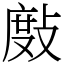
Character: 𢾖